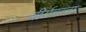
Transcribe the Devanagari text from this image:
वीर्यवत्‍ता